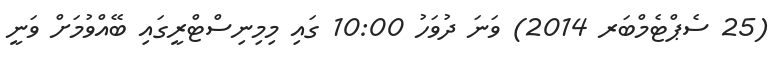
(25 ސެޕްޓެމްބަރ 2014) ވަނަ ދުވަހު 10:00 ގައި މިމިނިސްޓްރީގައި ބޭއްވުމަށް ވަނީ